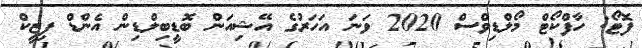
ފޮޓޯ: ހާފްކޯޓް މޯލްޑިވްސް 2020 ވަނަ އަހަރުގެ އޭޝިއަން ބޮޑީބިލްޑިން އެންޑް ފިޒީކް